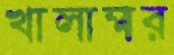
খালাম্মার